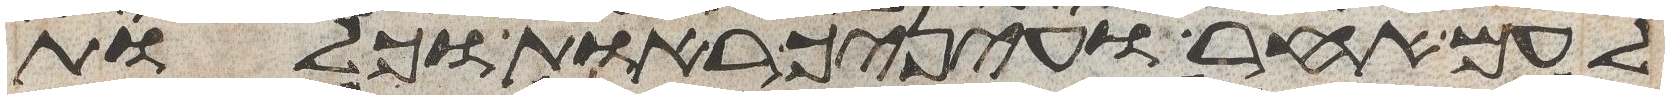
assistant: לעם אחר ועיניך ראות וכלות